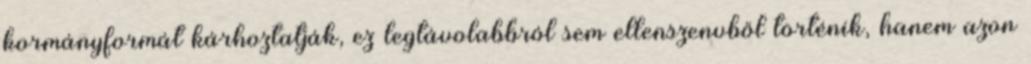
kormányformát kárhoztatják, ez legtávolabbról sem ellenszenvből történik, hanem azon